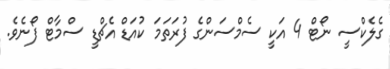
ގެލެކްސީ ނޯޓް 4 އަކީ ސެމްސަންގެ ފުރަތަމަ ކުއަޑް އެޗްޑީ ސްމާޓް ފޯނެވެ.